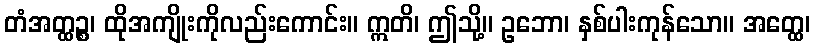
တံအတ္ထဉ္စ၊ ထိုအကျိုးကိုလည်းကောင်း။ ဣတိ၊ ဤသို့။ ဥဘော၊ နှစ်ပါးကုန်သော။ အတ္ထေ၊